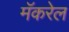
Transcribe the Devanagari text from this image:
मॅकरेल